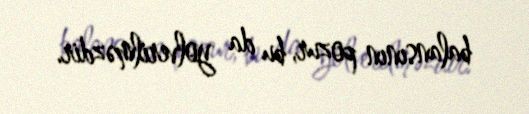
balansının pozur, bu da yolverilməzdir.